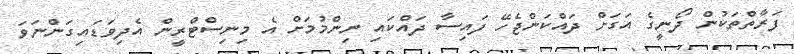
ފަރާތްތަކުން ދޯނީގެ އަގަށް ދައްކަންޖެހޭ ފައިސާ ދައްކައި ނިންމުމަށް އެ މިނިސްޓްރީން އެދިވަޑައިގަންނަވަ